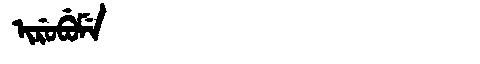
Manchu: ᡳᡵᡠᠪᡠᠮᡝ
Romanization: IRUBUME